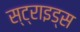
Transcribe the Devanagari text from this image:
स्ट्राइड्स